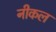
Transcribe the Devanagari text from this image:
नीकल